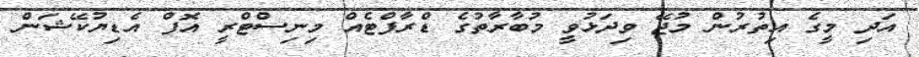
އަދި މީގެ އިތުރުން މުޖޭ ވިދަޅުވީ މުބާރާތުގެ ޑްރާފްޓެއް މިނިސްޓްރީ އޮފް އެޑިޔުކޭޝަން